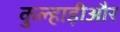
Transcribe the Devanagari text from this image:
कुल्हाड़ीऔर